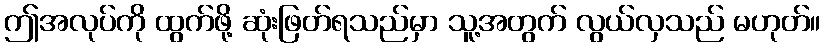
ဤအလုပ်ကို ထွက်ဖို့ ဆုံးဖြတ်ရသည်မှာ သူ့အတွက် လွယ်လှသည် မဟုတ်။